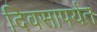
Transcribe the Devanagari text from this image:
दिवसापर्यत